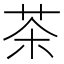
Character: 茶